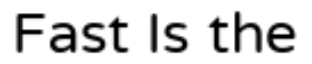
Fast Is the